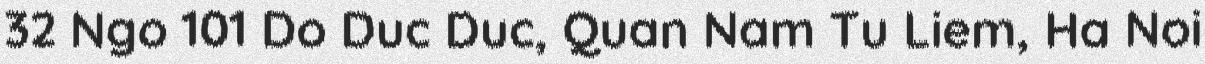
32 Ngo 101 Do Duc Duc, Quan Nam Tu Liem, Ha Noi